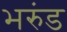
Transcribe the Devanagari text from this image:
भरुंड